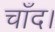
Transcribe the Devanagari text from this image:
चाँद।